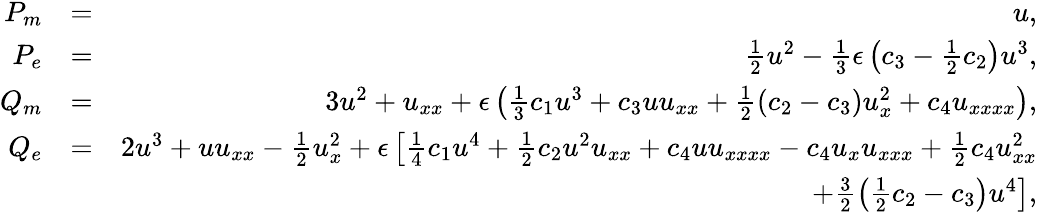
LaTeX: \begin{array}{rlr}{P_{m}}&{=}&{u,}\\ {P_{e}}&{=}&{\frac{1}{2}u^{2}-\frac{1}{3}\epsilon\left(c_{3}-\frac{1}{2}c_{2}\right)u^{3},}\\ {Q_{m}}&{=}&{3u^{2}+u_{xx}+\epsilon\left(\frac{1}{3}c_{1}u^{3}+c_{3}uu_{xx}+\frac{1}{2}\left(c_{2}-c_{3}\right)u_{x}^{2}+c_{4}u_{xxxx}\right),}\\ {Q_{e}}&{=}&{2u^{3}+uu_{xx}-\frac{1}{2}u_{x}^{2}+\epsilon\left[\frac{1}{4}c_{1}u^{4}+\frac{1}{2}c_{2}u^{2}u_{xx}+c_{4}uu_{xxxx}-c_{4}u_{x}u_{xxx}+\frac{1}{2}c_{4}u_{xx}^{2}\right.}\\ &{}&{\left.\mathrm+\frac{3}{2}\left(\frac{1}{2}c_{2}-c_{3}\right)u^{4}\right],}\end{array}